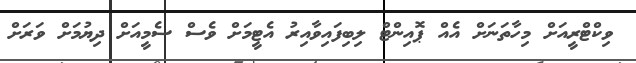
ވިކްޓްރީއަށް މިހާތަނަށް އެއް ޕޮއިންޓް ލިބިފައިވާއިރު އެޓީމަށް ވެސް ސެމީއަށް ދިޔުމަށް ވަރަށް